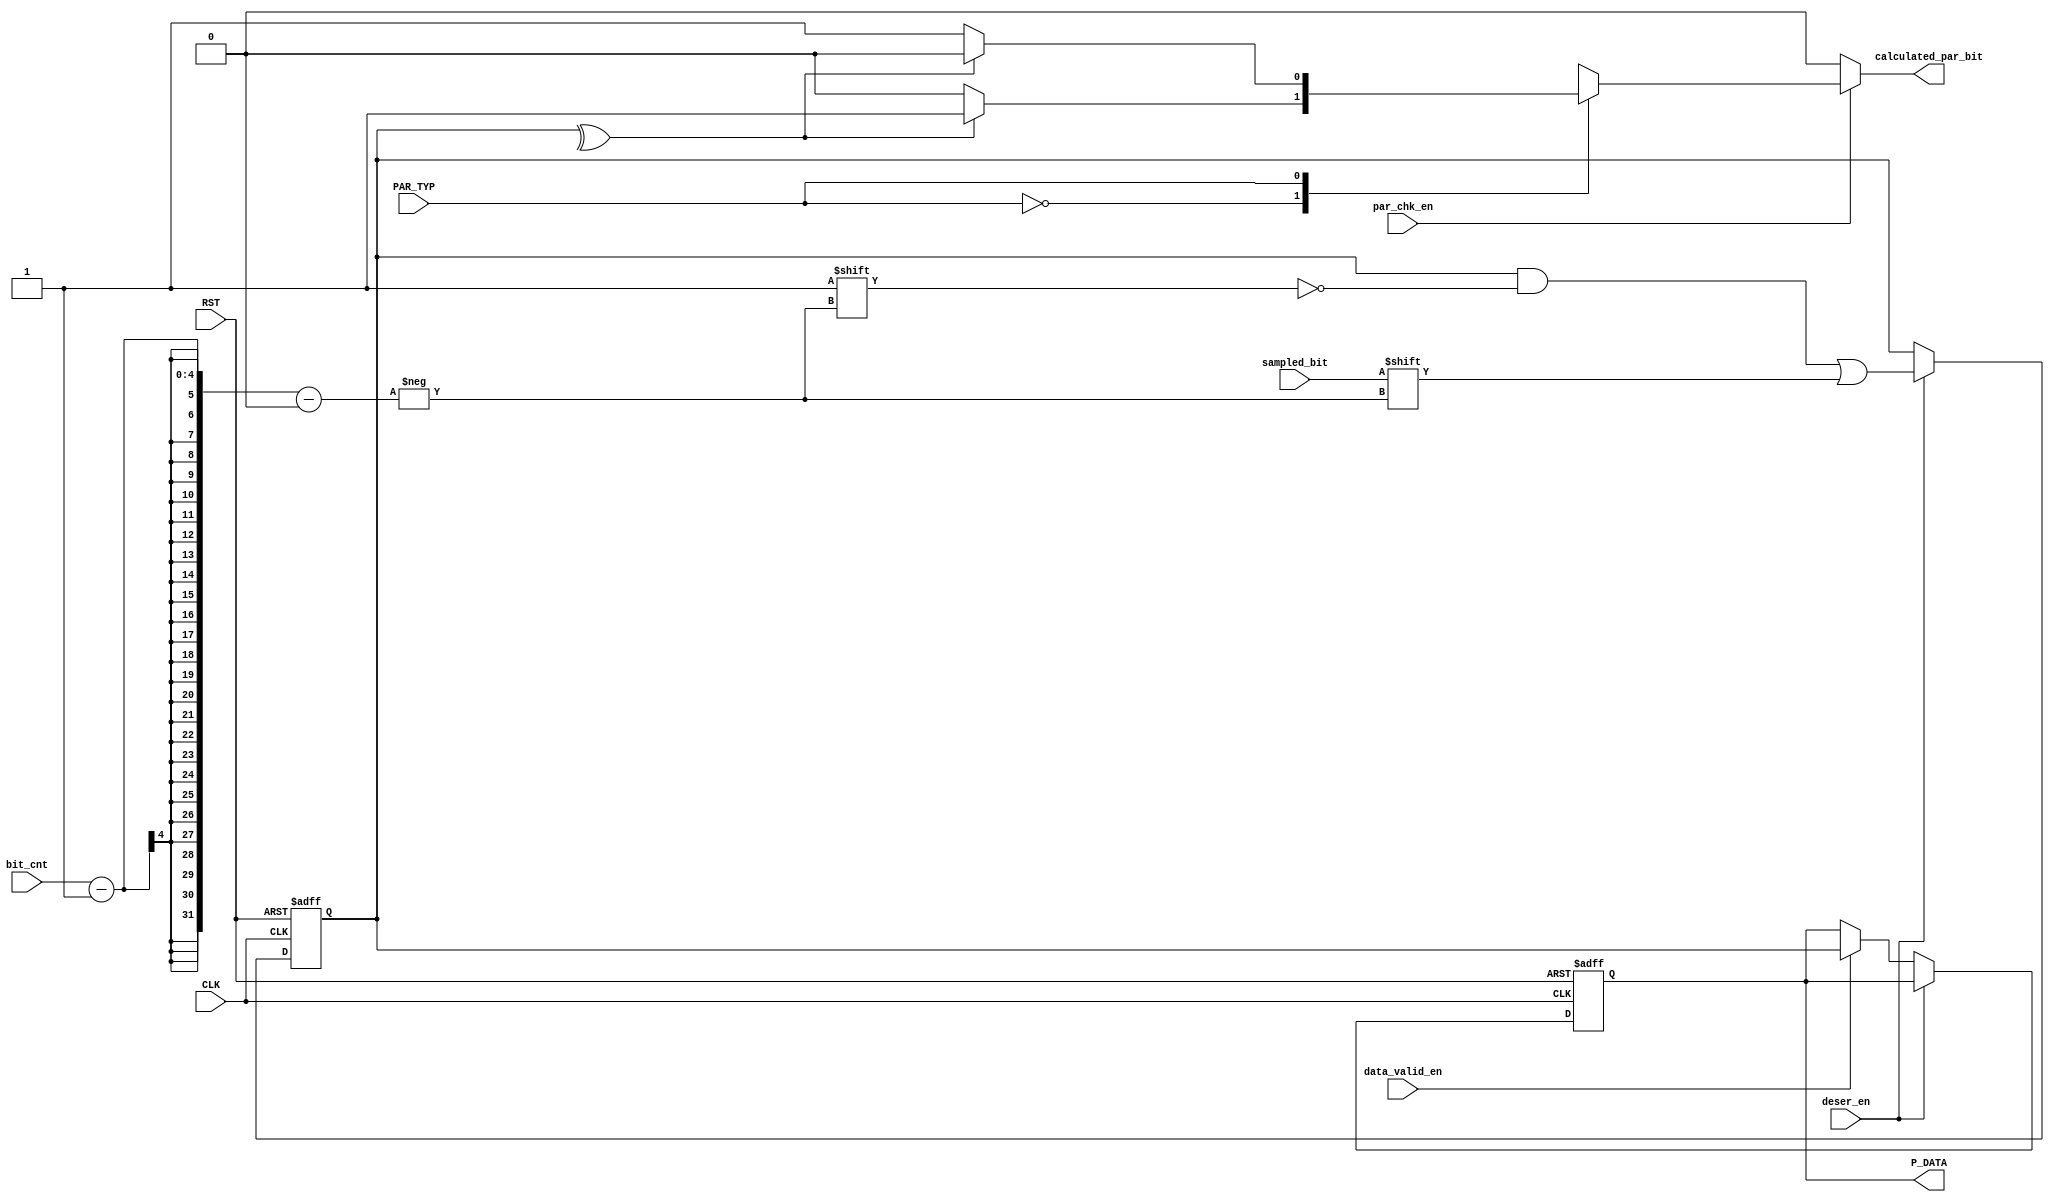
module deserializer_parityCalc 
(sampled_bit, bit_cnt, deser_en, PAR_TYP,par_chk_en,
data_valid_en, CLK, RST, P_DATA, calculated_par_bit);
input         sampled_bit;
input  [3:0]  bit_cnt;
input         deser_en;
input         PAR_TYP;
input         par_chk_en;
input         data_valid_en;
input         CLK;
input         RST;
output [7:0]  P_DATA;
output        calculated_par_bit;

reg [7:0] P_DATA;
reg       calculated_par_bit;
reg [7:0] registers;
reg       value;

parameter EVEN = 0;
parameter ODD = 1;

always @(posedge CLK or negedge RST)
begin
    if(!RST)
    begin
        P_DATA    <= 8'b0;
        registers <= 8'b0;
    end
    else if (deser_en)
    begin
        registers[bit_cnt-1] <= sampled_bit;
    end
    else if (data_valid_en) 
    begin
        P_DATA <= registers;
    end
end

always @(*)
  begin
    if (par_chk_en)
      begin
        value = ^registers;
        case (PAR_TYP)
        EVEN:
        begin
          if(value == 1'b0)
          begin
            calculated_par_bit = 1'b0;
          end
          else
          begin
           calculated_par_bit = 1'b1;
          end 
          end
        ODD:
        begin
          if(value == 1'b1)
          begin
            calculated_par_bit = 1'b0;
          end
          else
          begin
            calculated_par_bit = 1'b1;
          end 
        end
      endcase
    end 
    else
    begin
      calculated_par_bit = 1'b0;
      value = 1'b0;
    end
  end
endmodule